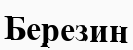
Березин